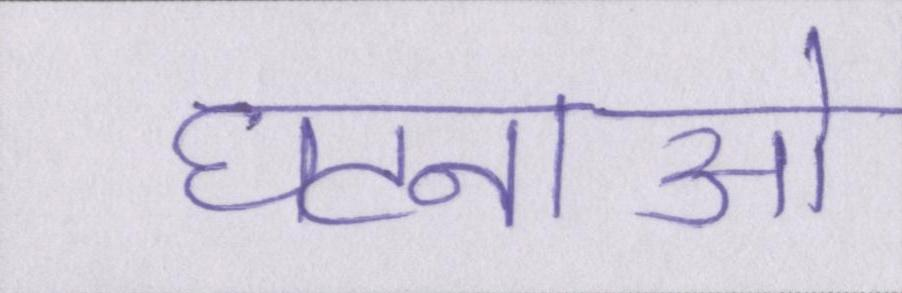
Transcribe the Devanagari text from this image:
घटनाओ